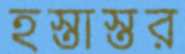
হস্তাস্তর